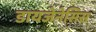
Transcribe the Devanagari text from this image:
डायजेनेसिस